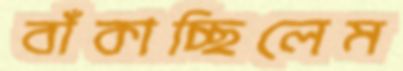
বাঁকাচ্ছিলেম